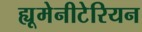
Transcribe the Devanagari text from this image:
ह्यूमेनीटेरियन